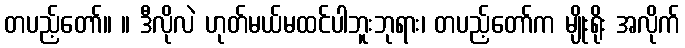
တပည့်တော်။ ။ ဒီလိုလဲ ဟုတ်မယ်မထင်ပါဘူးဘုရား၊ တပည့်တော်က မျိုးရိုး အလိုက်